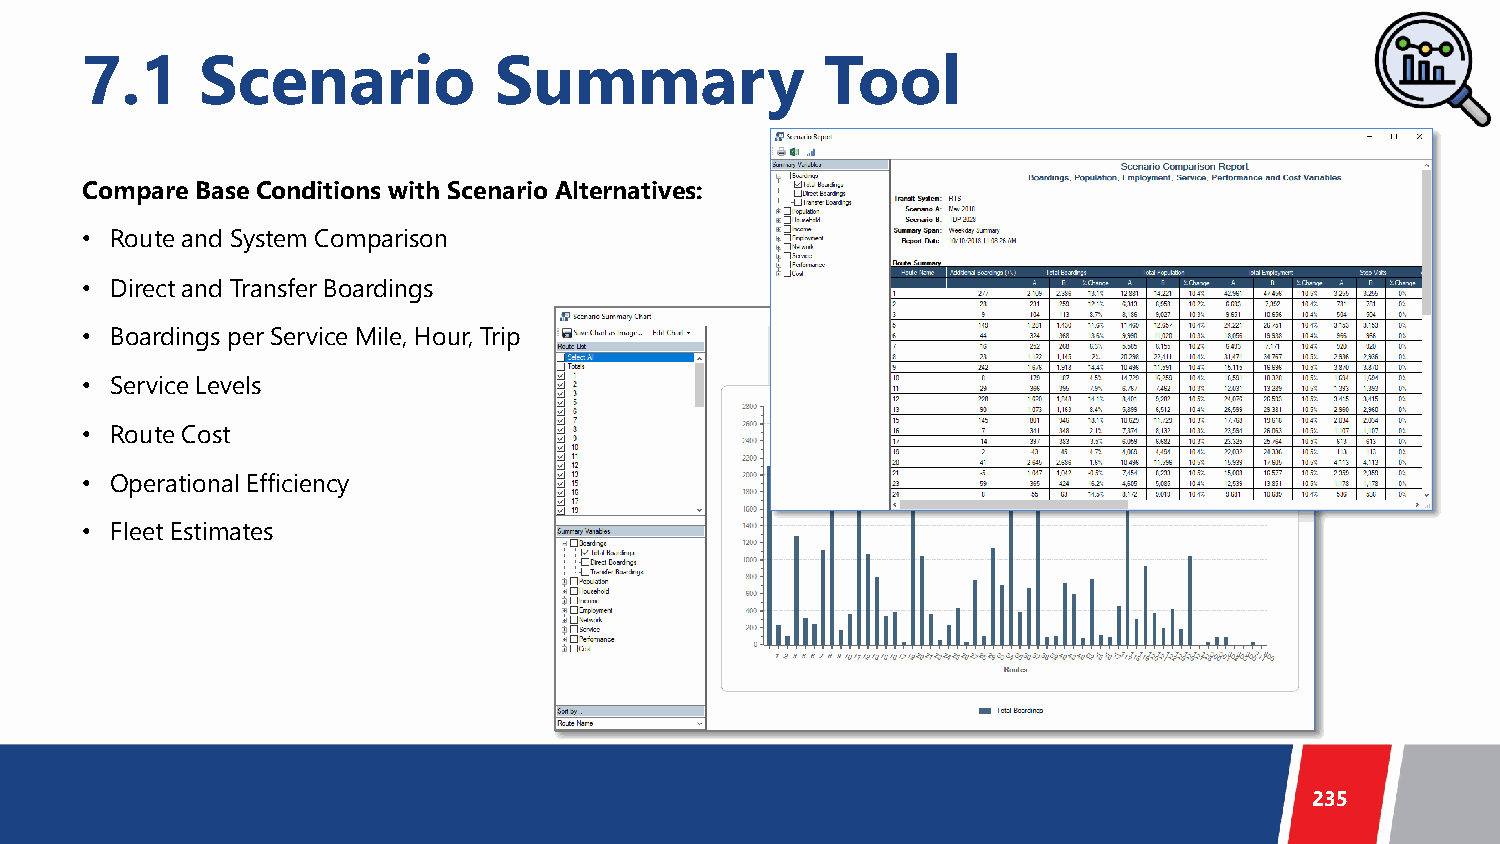
7.1     Scenario            Summary               Tool
 Compare Base Conditions with Scenario Alternatives:
 • Route and System Comparison
 • Direct and Transfer Boardings
 • Boardings per Service Mile, Hour, Trip
 • Service Levels
 • Route Cost
 • Operational Efficiency
 • Fleet Estimates
 235